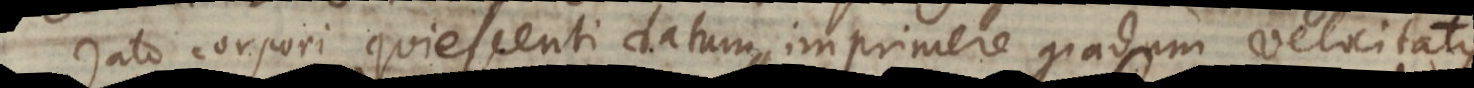
dato corpori quiescenti datum imprimere gradum velocitatis.